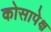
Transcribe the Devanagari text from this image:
कोसापेक्ष